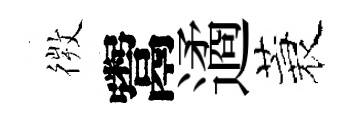
𢕄鬻遹蓑